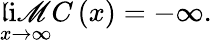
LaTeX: \operatorname*{\mathfrak{l}i\mathscr{M}}_{x\rightarrow\infty}C\left(x\right)=-\infty.